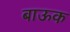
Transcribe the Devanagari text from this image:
बाऊक